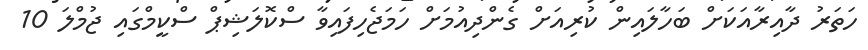
ހަތަރު ދާއިރާއަކަށް ބަހާލައިން ކުރިއަށް ގެންދިއުމަށް ހަމަޖެހިފައިވާ ސްކޮލަޝިޕް ސްކީމްގައި ޖުމްލަ 10